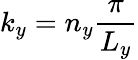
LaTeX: k_{y}=n_{y}\frac{\pi}{L_{y}}